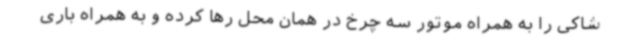
شاکی را به همراه موتور سه چرخ در همان محل رها کرده و به همراه باری